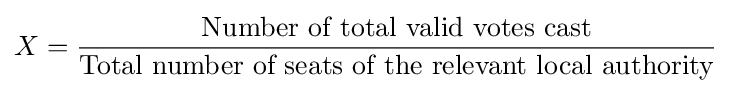
X={\frac {\text{Number of total valid votes cast}}{\text{Total number of seats of the relevant local authority}}}